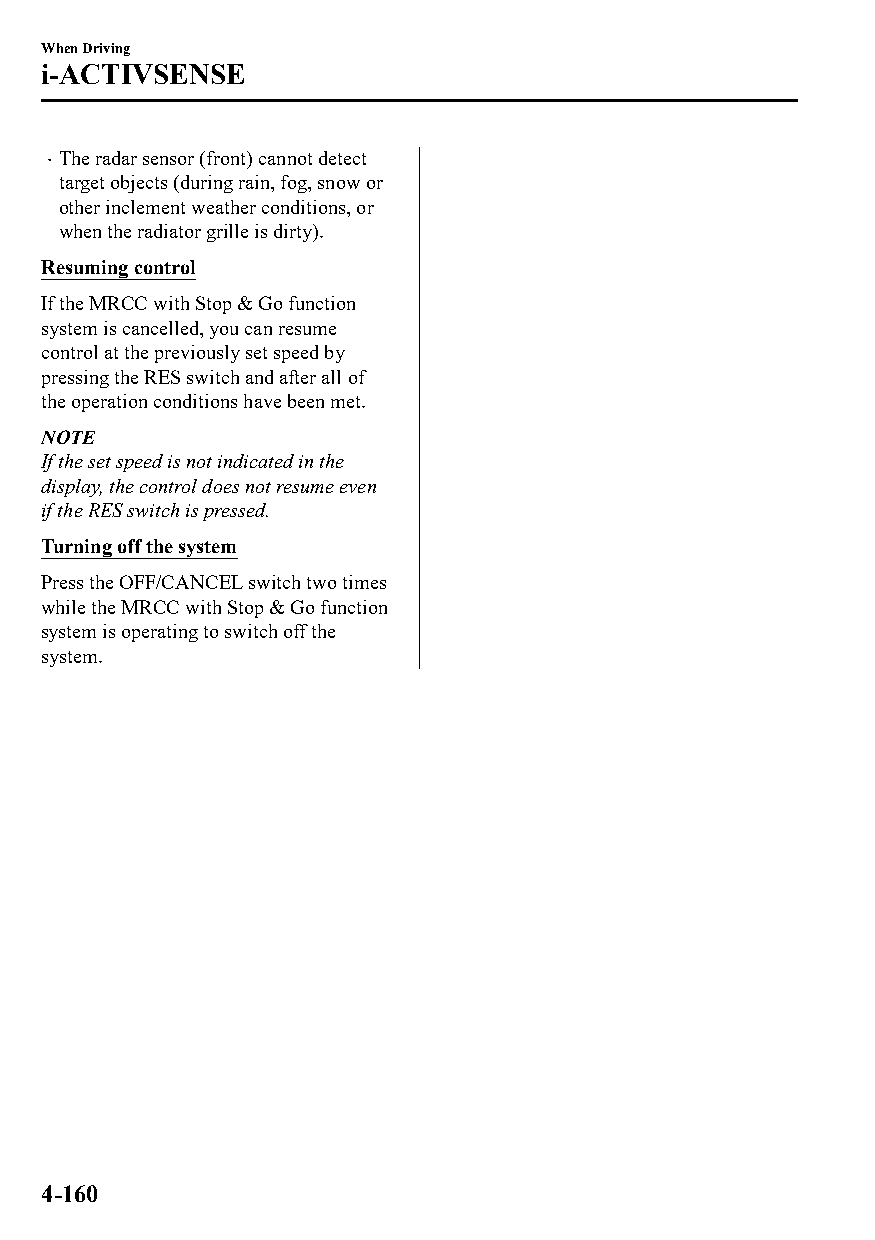
When Driving
 i-ACTIVSENSE
 The radar sensor (front) cannot detect
 
 target objects (during rain, fog, snow or
 other inclement weather conditions, or
 when the radiator grille is dirty).
 Resuming control
 If the MRCC with Stop & Go function
 system is cancelled, you can resume
 control at the previously set speed by
 pressing the RES switch and after all of
 the operation conditions have been met.
 NOTE
 If the set speed is not indicated in the
 display, the control does not resume even
 if the RES switch is pressed.
 Turning off the system
 Press the OFF/CANCEL switch two times
 while the MRCC with Stop & Go function
 system is operating to switch off the
 system.
 4-160
 CX-3_8GT4-EE-18D_Edition4                  2018-9-6 18:32:19